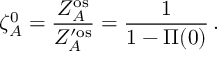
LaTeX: \zeta _ { A } ^ { 0 } = \frac { Z _ { A } ^ { \mathrm { o s } } } { Z _ { A } ^ { \prime \mathrm { o s } } } = \frac { 1 } { 1 - \Pi ( 0 ) } \, .